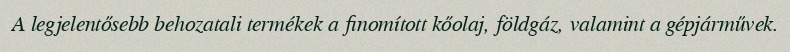
A legjelentősebb behozatali termékek a finomított kőolaj, földgáz, valamint a gépjárművek.